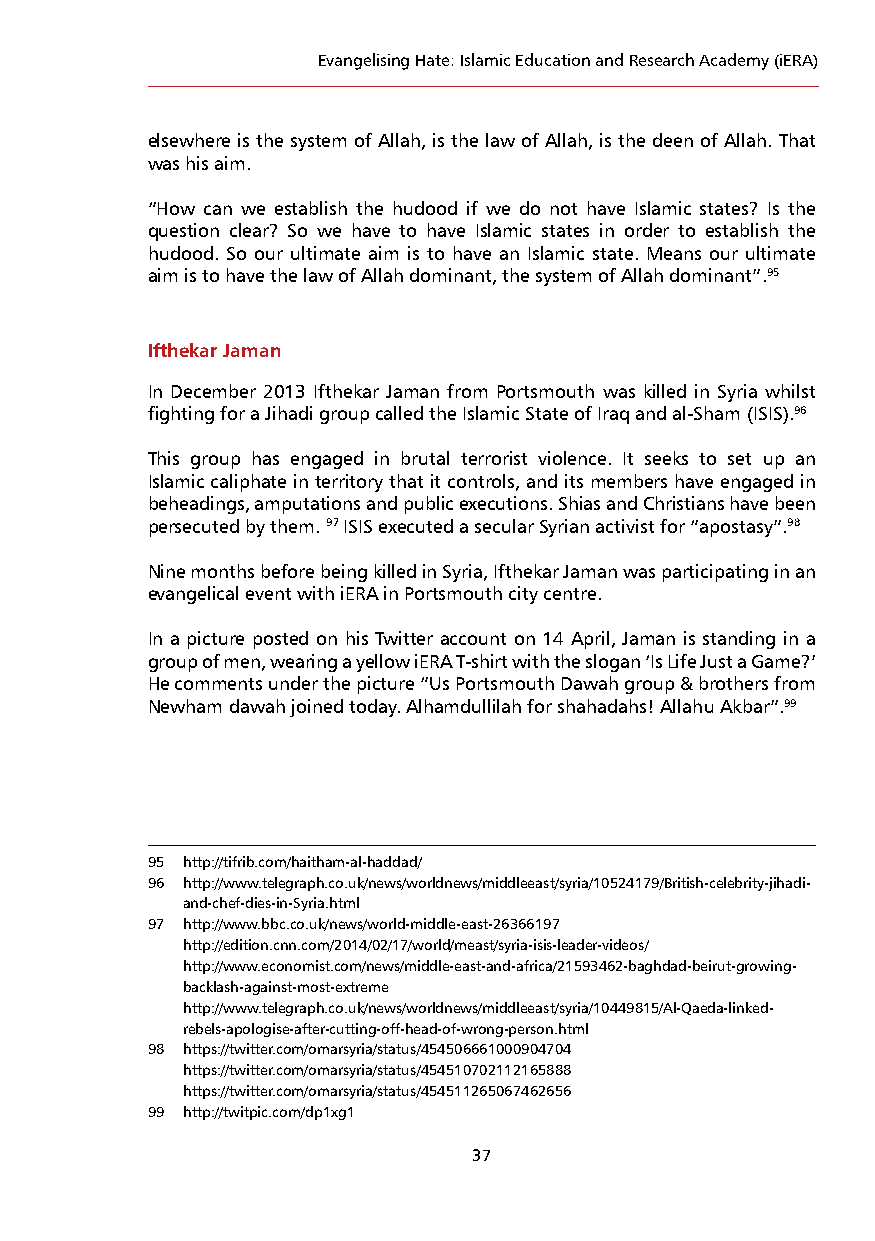
Evangelising Hate: Islamic Education and Research Academy (iERA)
 elsewhere is the system of Allah, is the law of Allah, is the deen of Allah. That
 was his aim.
 “How can we establish the hudood if we do not have Islamic states? Is the
 question clear? So we have to have Islamic states in order to establish the
 hudood. So our ultimate aim is to have an Islamic state. Means our ultimate
 aim is to have the law of Allah dominant, the system of Allah dominant”.95
 Ifthekar Jaman
 In December 2013 Ifthekar Jaman from Portsmouth was killed in Syria whilst
 fighting for a Jihadi group called the Islamic State of Iraq and al-Sham (ISIS).96
 This group has engaged in brutal terrorist violence. It seeks to set up an
 Islamic caliphate in territory that it controls, and its members have engaged in
 beheadings, amputations and public executions. Shias and Christians have been
 persecuted by them. 97 ISIS executed a secular Syrian activist for “apostasy”.98
 Nine months before being killed in Syria, Ifthekar Jaman was participating in an
 evangelical event with iERA in Portsmouth city centre.
 In a picture posted on his Twitter account on 14 April, Jaman is standing in a
 group of men, wearing a yellow iERA T-shirt with the slogan ‘Is Life Just a Game?’
 He comments under the picture “Us Portsmouth Dawah group & brothers from
 Newham dawah joined today. Alhamdullilah for shahadahs! Allahu Akbar”.99
 95 http://tifrib.com/haitham-al-haddad/
 96 http://www.telegraph.co.uk/news/worldnews/middleeast/syria/10524179/British-celebrity-jihadi-
 and-chef-dies-in-Syria.html
 97 http://www.bbc.co.uk/news/world-middle-east-26366197
 http://edition.cnn.com/2014/02/17/world/meast/syria-isis-leader-videos/
 http://www.economist.com/news/middle-east-and-africa/21593462-baghdad-beirut-growing-
 backlash-against-most-extreme
 http://www.telegraph.co.uk/news/worldnews/middleeast/syria/10449815/Al-Qaeda-linked-
 rebels-apologise-after-cutting-off-head-of-wrong-person.html
 98 https://twitter.com/omarsyria/status/454506661000904704
 https://twitter.com/omarsyria/status/454510702112165888
 https://twitter.com/omarsyria/status/454511265067462656
 99 http://twitpic.com/dp1xg1
 37